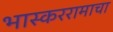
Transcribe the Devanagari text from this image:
भास्कररामाचा